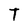
Character: T